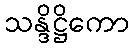
သန္ဒိဋ္ဌိကော